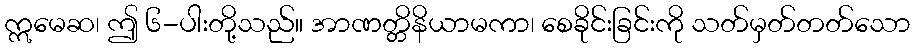
ဣမေဆ၊ ဤ ၆-ပါးတို့သည်။ အာဏတ္တိနိယာမကာ၊ စေခိုင်းခြင်းကို သတ်မှတ်တတ်သော